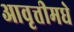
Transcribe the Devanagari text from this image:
आवृत्तीमधे